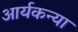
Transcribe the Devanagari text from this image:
आर्यकन्या